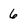
Character: 6